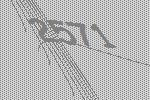
2571